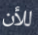
للأن